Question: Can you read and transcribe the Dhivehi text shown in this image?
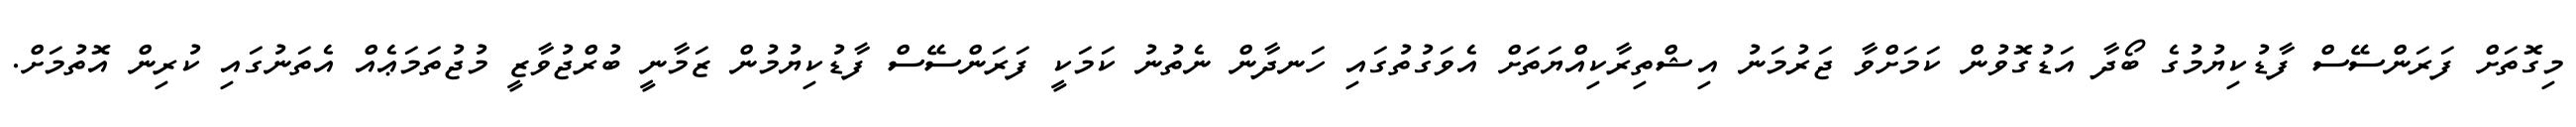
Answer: މިގޮތަށް ފަރަންސޭސް ފާޑުކިޔުމުގެ ބޯދާ އަޑުގޮވުން ކަމަށްވާ ޖަރުމަނު އިޝްތިރާކިއްޔަތަށް އެވަގުތުގައި ހަނދާން ނެތުނު ކަމަކީ ފަރަންސޭސް ފާޑުކިޔުމުން ޒަމާނީ ބުރްޖުވާޒީ މުޖުތަމަޢެއް އެތަނުގައި ކުރިން އޮތުމަށް.